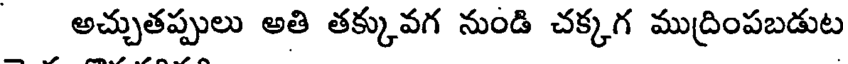
అచ్చుతప్పులు అతి తక్కువగ నుండి చక్కగ ముద్రింపబడుట